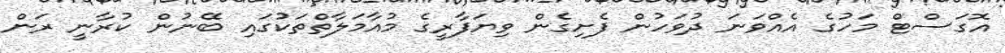
އޮގަސްޓް މަހުގެ އެއްވަނަ ދުވަހުން ފެށިގެން ވިޔަފާރީގެ މުއާމަލާތްތަކުގައި ބޭނުން ކުރާނީ ރަން